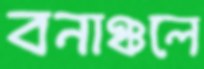
বনাঞ্চলে